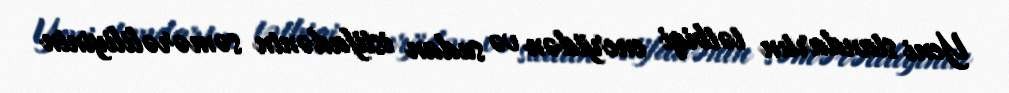
Yeni standartın tətbiqi enerjidən və sudan istifadənin səmərəliliyinin